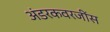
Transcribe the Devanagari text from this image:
अंडरकवरजींस